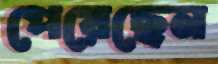
পেয়েছেন